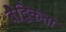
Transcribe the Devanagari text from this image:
बैद्धिकता